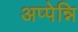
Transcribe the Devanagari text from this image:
अप्पेन्नि